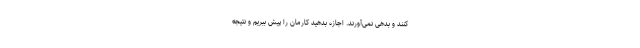
‌‌‌‌‌کنند و بدهی نمی‌آورند. اجازه بدهید کارمان را پیش ببریم و نتیجه